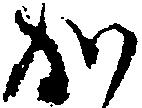
か